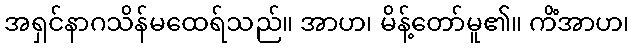
အရှင်နာဂသိန်မထေရ်သည်။ အာဟ၊ မိန့်တော်မူ၏။ ကိံအာဟ၊